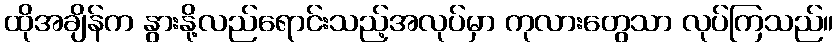
ထိုအချိန်က နွားနို့လည်ရောင်းသည့်အလုပ်မှာ ကုလားတွေသာ လုပ်ကြသည်။